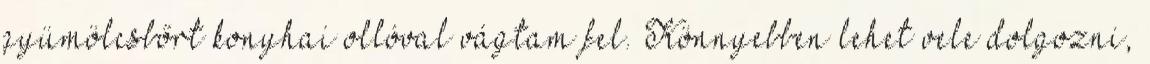
gyümölcsbőrt konyhai ollóval vágtam fel. Könnyebben lehet vele dolgozni,